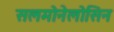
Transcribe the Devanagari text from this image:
सलमोनेलोसिन